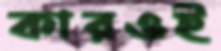
কারওই